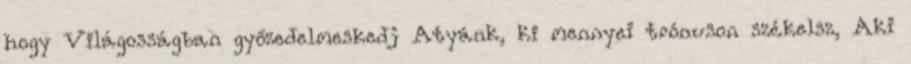
hogy Világosságban győzedelmeskedj Atyánk, ki mennyei trónuson székelsz, Aki